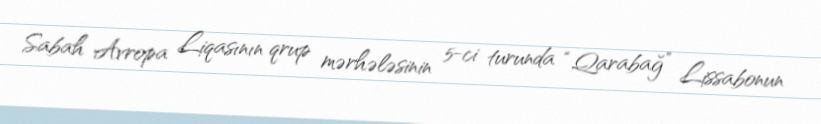
Sabah Avropa Liqasının qrup mərhələsinin 5-ci turunda “Qarabağ” Lissabonun